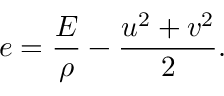
e = \frac { E } { \rho } - \frac { u ^ { 2 } + v ^ { 2 } } { 2 } .